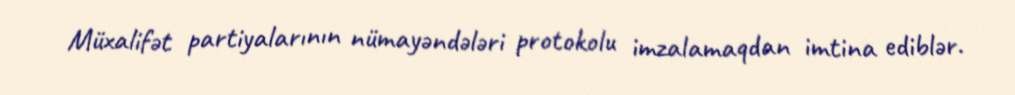
Müxalifət partiyalarının nümayəndələri protokolu imzalamaqdan imtina ediblər.